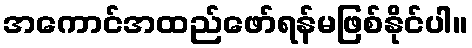
အကောင်အထည်ဖော်ရန်မဖြစ်နိုင်ပါ။